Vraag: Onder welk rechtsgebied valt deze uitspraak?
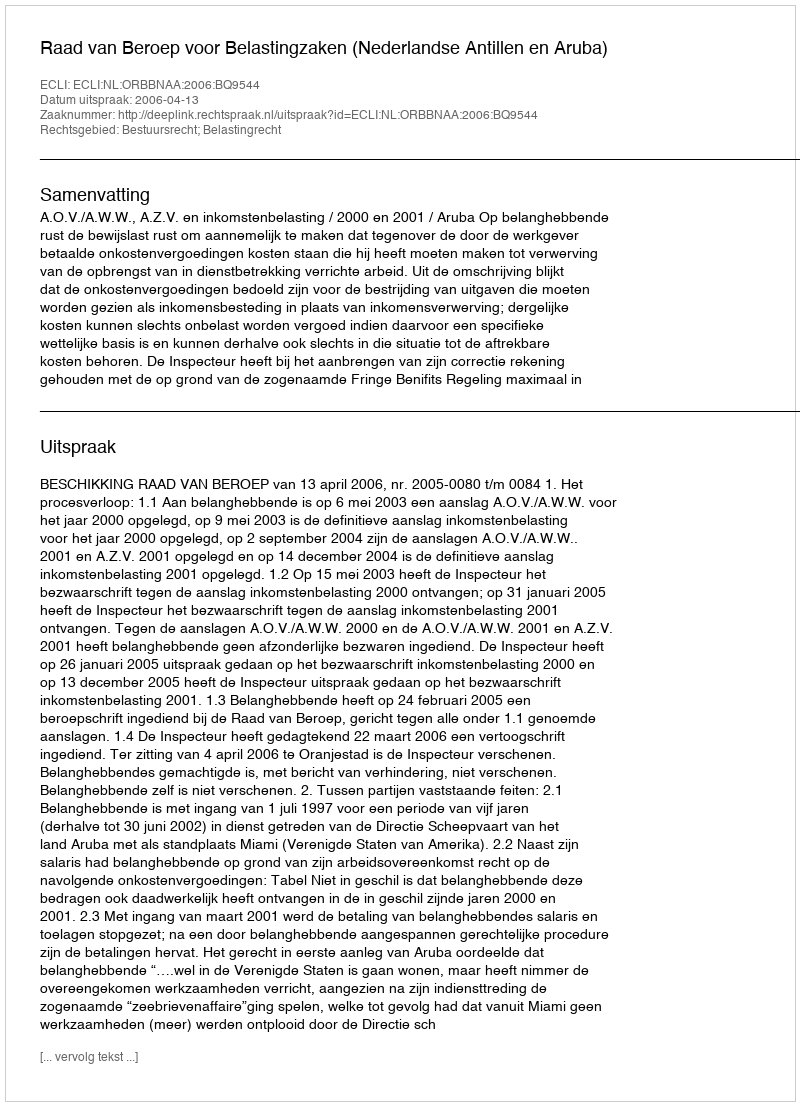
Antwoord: Bestuursrecht; Belastingrecht